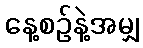
နေ့စဉ်နဲ့အမျှ